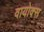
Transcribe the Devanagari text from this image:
वायोक्स